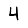
Digit: 4